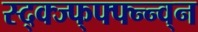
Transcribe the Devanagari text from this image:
स्द्क्ज्फ्फ्फ्न्न्व्न